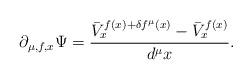
LaTeX: \begin{align*}\partial_{\mu,f,x}\Psi= \frac{\bar{V}^{f(x)+\delta f^{\mu}(x)}_{x}-\bar{V}^{f(x)}_{x}}{d^{\mu}x}.\end{align*}